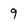
Character: 9